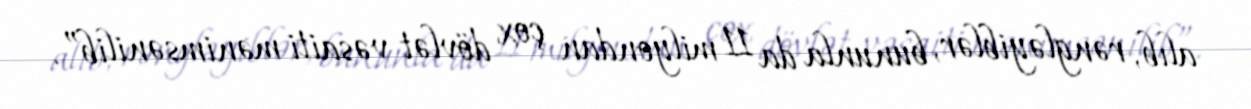
alıb, rəngləyiblər, bununla da 11 milyondan çox dövlət vəsaiti mənimsənilib”.